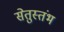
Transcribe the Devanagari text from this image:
सेतुस्तंभ